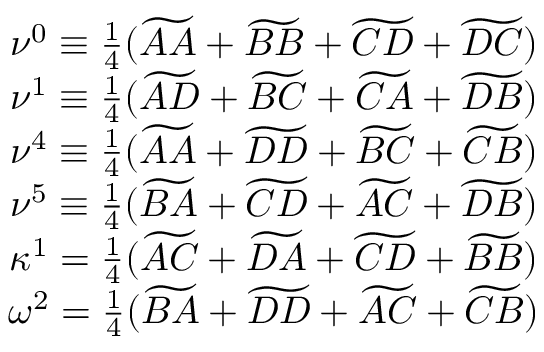
\begin{array} { c c } { \nu ^ { 0 } \equiv \frac { 1 } { 4 } ( \widetilde { A A } + \widetilde { B B } + \widetilde { C D } + \widetilde { D C } ) } \\ { \nu ^ { 1 } \equiv \frac { 1 } { 4 } ( \widetilde { A D } + \widetilde { B C } + \widetilde { C A } + \widetilde { D B } ) } \\ { \nu ^ { 4 } \equiv \frac { 1 } { 4 } ( \widetilde { A A } + \widetilde { D D } + \widetilde { B C } + \widetilde { C B } ) } \\ { \nu ^ { 5 } \equiv \frac { 1 } { 4 } ( \widetilde { B A } + \widetilde { C D } + \widetilde { A C } + \widetilde { D B } ) } \\ { \kappa ^ { 1 } = \frac { 1 } { 4 } ( \widetilde { A C } + \widetilde { D A } + \widetilde { C D } + \widetilde { B B } ) } \\ { \omega ^ { 2 } = \frac { 1 } { 4 } ( \widetilde { B A } + \widetilde { D D } + \widetilde { A C } + \widetilde { C B } ) } \end{array}